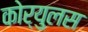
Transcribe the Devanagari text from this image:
कोर्युलस